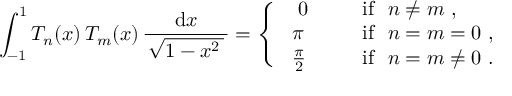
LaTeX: \int _ { - 1 } ^ { 1 } T _ { n } ( x ) \, T _ { m } ( x ) \, { \frac { \mathrm { d } x } { \, { \sqrt { 1 - x ^ { 2 } \, } } \, } } = { \left\{ \begin{array} { l l } { ~ ~ 0 \quad } & { ~ { \mathrm { ~ i f ~ } } ~ n \neq m ~ , } \\ { \ \pi \quad } & { ~ { \mathrm { ~ i f ~ } } ~ n = m = 0 ~ , } \\ { \ { \frac { \pi } { 2 } } \quad } & { ~ { \mathrm { ~ i f ~ } } ~ n = m \neq 0 ~ . } \end{array} \right. }